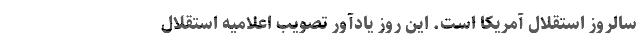
سالروز استقلال آمریکا است. این روز یادآور تصویب اعلامیهٔ استقلال